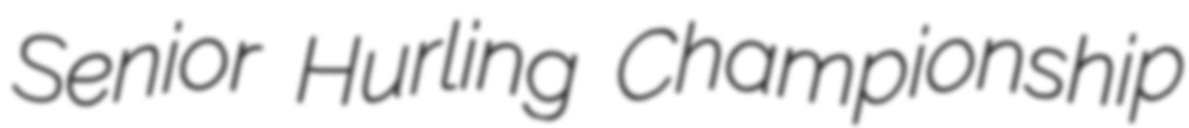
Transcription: Senior Hurling Championship